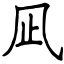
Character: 凪